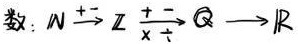
数：$\mathbb{N}\stackrel{+ -}{\to}\mathbb{Z}\underset{\times \div}{\stackrel{+ -}{\to}}\mathbb{Q}\to\mathbb{R}$